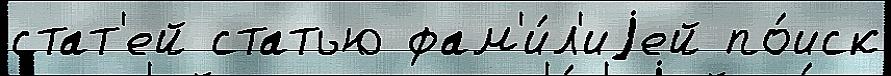
стат'ей статью фам'и́л'иjей по́иск